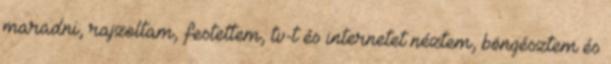
maradni, rajzoltam, festettem, tv-t és internetet néztem, böngésztem és